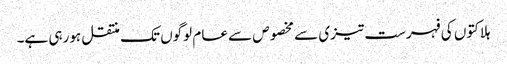
ہلاکتوں کی فہرست تیزی سے مخصوص سے عام لوگوں تک منتقل ہورہی ہے۔